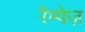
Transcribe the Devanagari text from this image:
रैम्पेज़